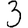
Digit: 3